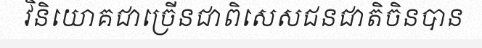
វិនិយោគជាច្រើនជាពិសេសជនជាតិចិនបាន